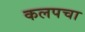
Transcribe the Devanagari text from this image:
कलपचा